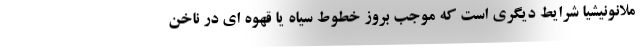
ملانونیشیا شرایط دیگری است که موجب بروز خطوط سیاه یا قهوه ای در ناخن